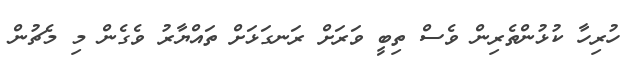
ހުރިހާ ކުޅުންތެރިން ވެސް ތިބީ ވަރަށް ރަނގަޅަށް ތައްޔާރު ވެގެން މި މެޗުން